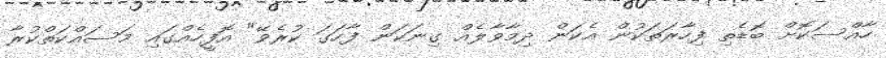
ހާއްސަކޮށް ބޮޑެތި ފިހާރަތަކުން އެކަން ދިމާވާލެއް ގިނަކަން ފާހަގަ ކުރެވޭ" އޮފީހެއްގައި މަަސައްކަތްކުރާ